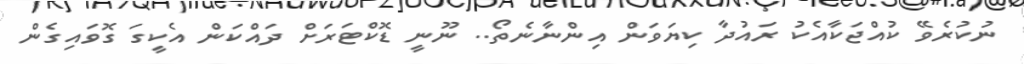
ނުކުރެވޭ ކުއްޖަކާއެކު ރައުދާ ކިޔަވަން އިންނާނެތޯ.. ނޫނީ ޑޮކްޓަރަށް ދައްކަން އެކީގަ ގޮވައިގެން